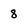
Character: 8